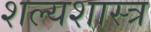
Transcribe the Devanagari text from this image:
शल्यशास्त्र